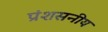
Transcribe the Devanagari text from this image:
प्रंशसनीय